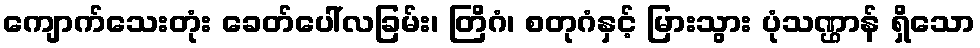
ကျောက်သေးတုံး ခေတ်ပေါ်လခြမ်း၊ တြိဂံ၊ စတုဂံနှင့် မြားသွား ပုံသဏ္ဌာန် ရှိသော